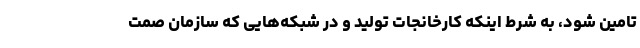
تامین شود، به شرط اینکه کارخانجات تولید و در شبکه‌هایی که سازمان صمت